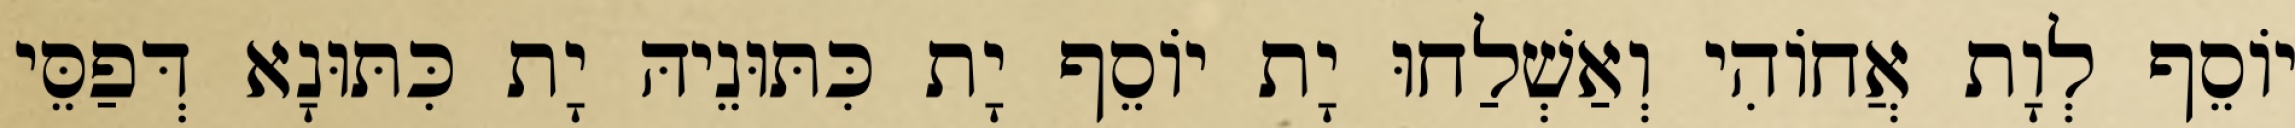
יוֹסֵף לְוָת אֲחוֹהִי וְאַשְׁלַחוּ יָת יוֹסֵף יָת כִּתּוּנֵיהּ יָת כִּתּוּנָא דְּפַסֵּי